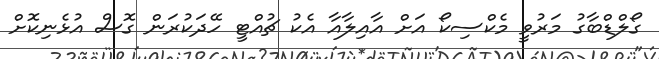
ގޯލްޑްބާގު މަރުވީ މެކްސިކޯ އަށް އާއިލާއާ އެކު ޗުއްޓީ ހޭދަކުރަން ގޮސް އުޅެނިކޮށް